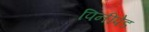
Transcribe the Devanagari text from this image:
पिनीपेड